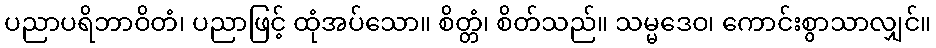
ပညာပရိဘာဝိတံ၊ ပညာဖြင့် ထုံအပ်သော။ စိတ္တံ၊ စိတ်သည်။ သမ္မဒေဝ၊ ကောင်းစွာသာလျှင်။